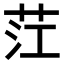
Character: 茳